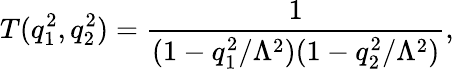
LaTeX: T(q_{1}^{2},q_{2}^{2})=\frac{1}{(1-q_{1}^{2}/\Lambda^{2})(1-q_{2}^{2}/\Lambda^{2})},